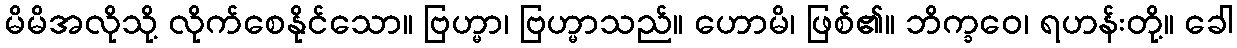
မိမိအလိုသို့ လိုက်စေနိုင်သော။ ဗြဟ္မာ၊ ဗြဟ္မာသည်။ ဟောမိ၊ ဖြစ်၏။ ဘိက္ခဝေ၊ ရဟန်းတို့။ ခေါ